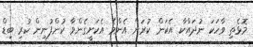
މޮޅެތި ވާހަކަ ނުދައްކާ އެކަން ކުރަން އެންމެ އެކަށީގެންވާ ކުންފުނިން ކުރި ބިޑް